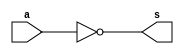
// ---------------------
// Guia 02_03 - Porta NOT usando porta NAND
// Nome: Alyson Deives
// ---------------------

// ---------------------
// -- not gate
// ---------------------

module notgate (s, a);
 output s;
 input  a;
 
 assign s = ~(a & a);


endmodule // notgate

// ---------------------
// -- test not gate
// ---------------------

module testnotgate;
 reg   a;
 wire  s;
          
			 // instancia
 notgate NOT1 (s,a);
 
 initial begin:start
      a=0;
 end
          // parte principal
 initial begin:main
      $display("Guia 02_03 - Alyson Deives - 416589");
      $display("PORTA NOT (USANDO PORTA NAND)");
		$display("\nA = S\n");
      $monitor("%b = %b", a,s);
  #1  a=1; 
 end

endmodule // testnotgate